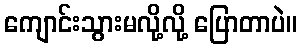
ကျောင်းသွားမလို့လို့ ပြောတာပဲ။